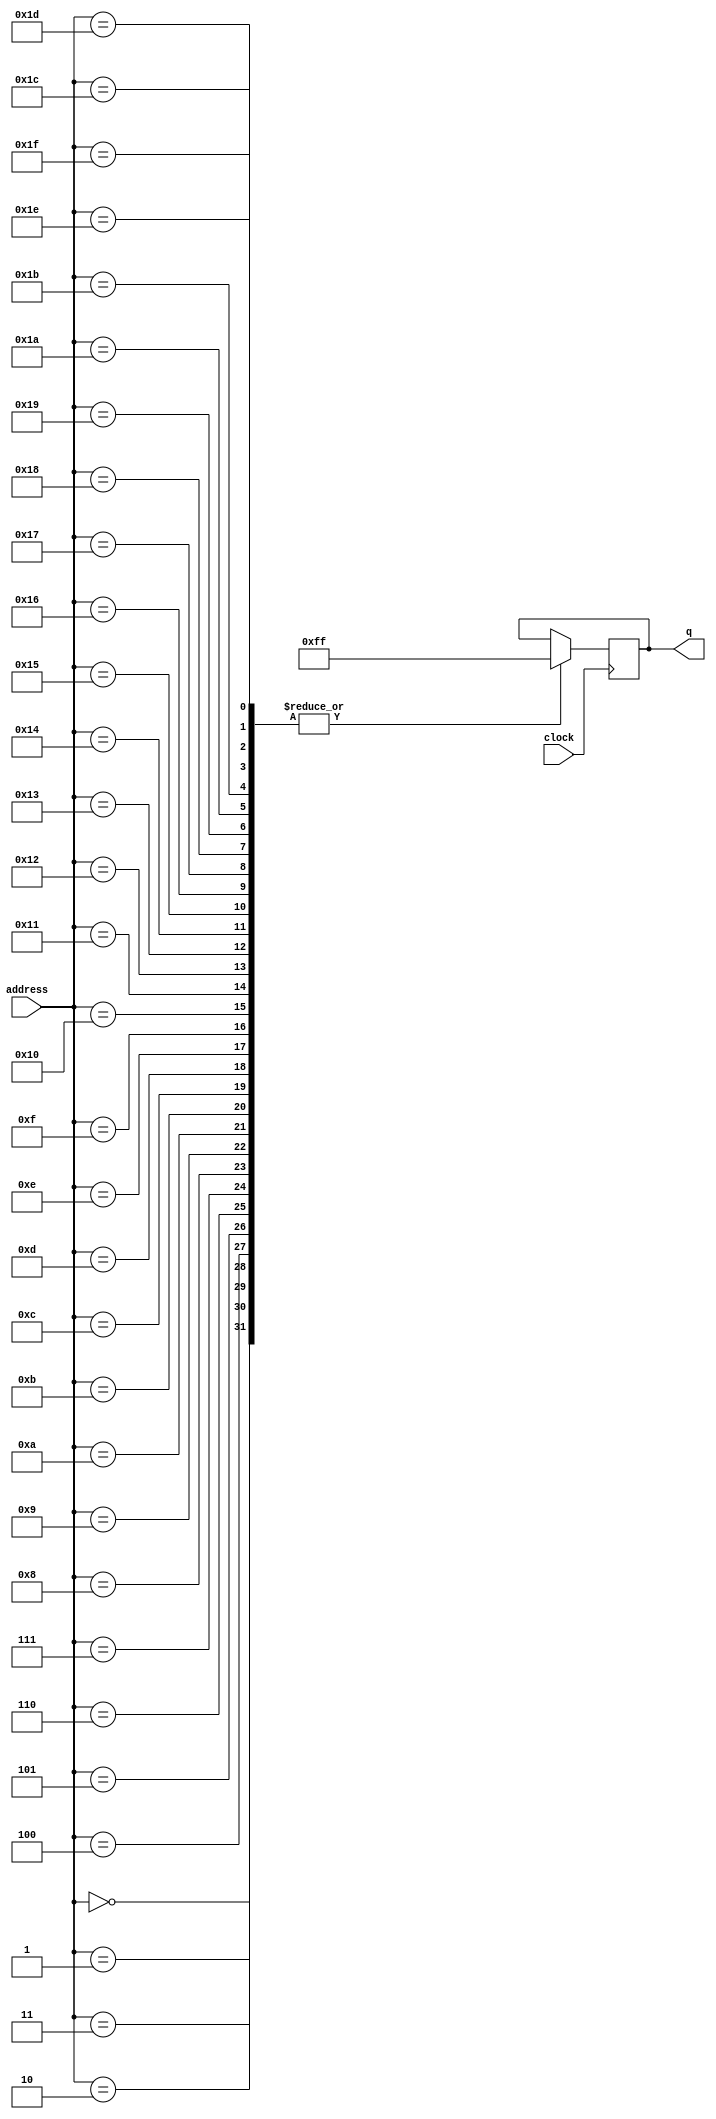
//-----------------------------------------------------
// Design Name : rom_using_case
// Function    : ROM using case
// Coder       : Deepak Kumar Tala
//-----------------------------------------------------
module rom_using_case (
address , // Address input
clock,
q      // Data output
//read_en , // Read Enable 
//ce        // Chip Enable
);

input        clock;
input [14:0] address;
output [7:0] q;
//input read_en;
//input ce;

reg [7:0] q;
       
always @ (posedge clock)
begin
  case (address)
    15'h0000 : q = 8'hFF;
	 15'h0001 : q = 8'hFF;
	 15'h0002 : q = 8'hFF;
	 15'h0003 : q = 8'hFF;
	 15'h0004 : q = 8'hFF;
	 15'h0005 : q = 8'hFF;
	 15'h0006 : q = 8'hFF;
	 15'h0007 : q = 8'hFF;
	 15'h0008 : q = 8'hFF;
	 15'h0009 : q = 8'hFF;
	 15'h000A : q = 8'hFF;
	 15'h000B : q = 8'hFF;
	 15'h000C : q = 8'hFF;
	 15'h000D : q = 8'hFF;
	 15'h000E : q = 8'hFF;
	 15'h000F : q = 8'hFF;
	 15'h0010 : q = 8'hFF;
	 15'h0011 : q = 8'hFF;
	 15'h0012 : q = 8'hFF;
	 15'h0013 : q = 8'hFF;
	 15'h0014 : q = 8'hFF;
	 15'h0015 : q = 8'hFF;
	 15'h0016 : q = 8'hFF;
	 15'h0017 : q = 8'hFF;
	 15'h0018 : q = 8'hFF;
	 15'h0019 : q = 8'hFF;
	 15'h001A : q = 8'hFF;
	 15'h001B : q = 8'hFF;
	 15'h001C : q = 8'hFF;
	 15'h001D : q = 8'hFF;
	 15'h001E : q = 8'hFF;
	 15'h001F : q = 8'hFF;
  endcase
end

endmodule